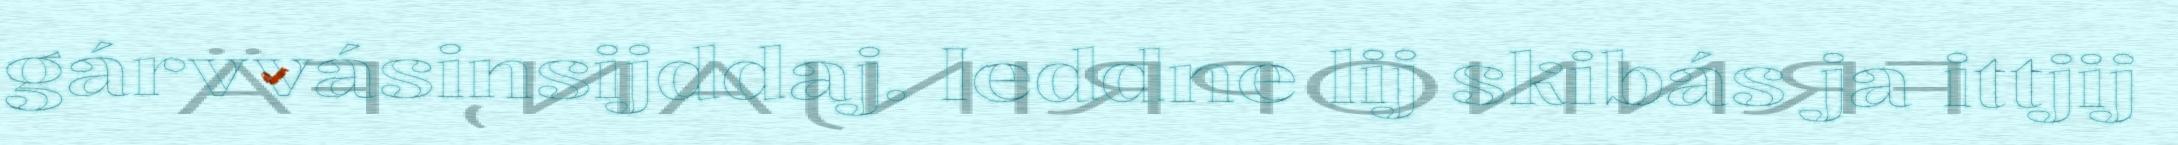
gárvvásinsijddaj. Ieddne lij skibás ja ittjij